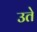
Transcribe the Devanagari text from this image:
उते